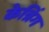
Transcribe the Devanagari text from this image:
केन्निंग